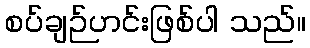
စပ်ချဉ်ဟင်းဖြစ်ပါ သည်။